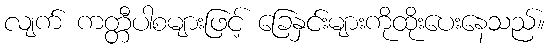
လျက် ကတ္တီပါစများဖြင့် ခြေနှင်းများကိုထိုးပေးနေသည်။